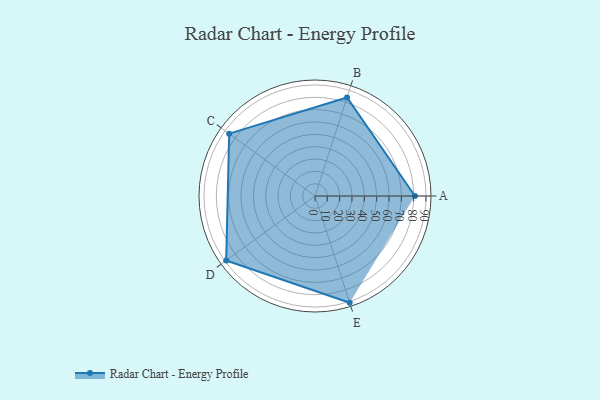
{"axis": {"x": "Skill", "y": "Score"}, "legend": ["Profile"], "data": [{"x": "A", "y": 81.0, "type": "Profile"}, {"x": "B", "y": 84.0, "type": "Profile"}, {"x": "C", "y": 86.0, "type": "Profile"}, {"x": "D", "y": 89.0, "type": "Profile"}, {"x": "E", "y": 91.0, "type": "Profile"}]}